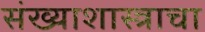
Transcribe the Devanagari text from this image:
संख्याशास्त्राचा